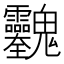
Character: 𱆢